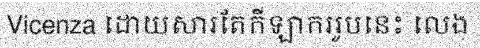
Vicenza ដោយសារតែកីឡាកររូបនេះ លេង